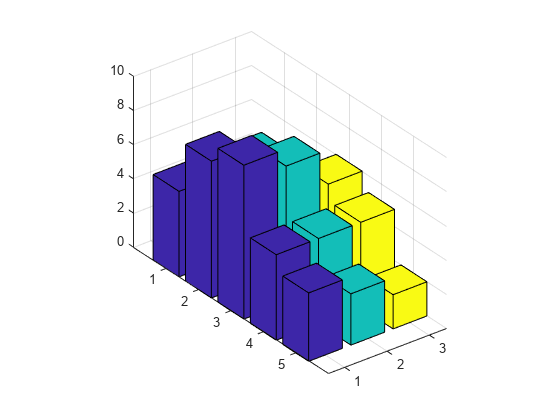
matlab, bar3